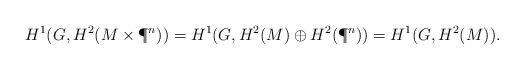
LaTeX: \begin{align*}H^1(G, H^2(M \times \P^n)) = H^1(G, H^2(M) \oplus H^2(\P^n)) = H^1(G, H^2(M)).\end{align*}